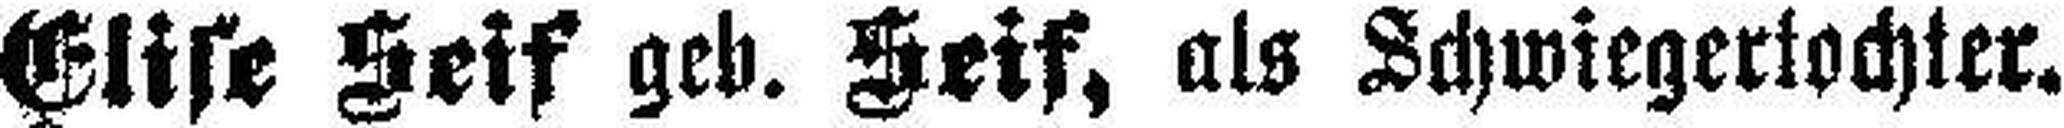
Elise Seif geb. Seif, als Schwiegertochter.